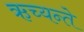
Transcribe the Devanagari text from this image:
ऋच्यन्ते